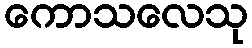
ကောသလေသု